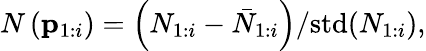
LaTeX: N\left(\mathbf{p}_{1:i}\right)=\left(N_{1:i}-\bar{N}_{1:i}\right)/\mathrm{std}(N_{1:i}),